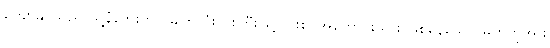
ကျော်နိုင်သည် သူ့နံဘေးတွင် မျက်လုံးပြူးကြီးဖြင့် ပါးစပ်အဟောင်းသား ဖြစ်နေသော မြတ်ကိုအား